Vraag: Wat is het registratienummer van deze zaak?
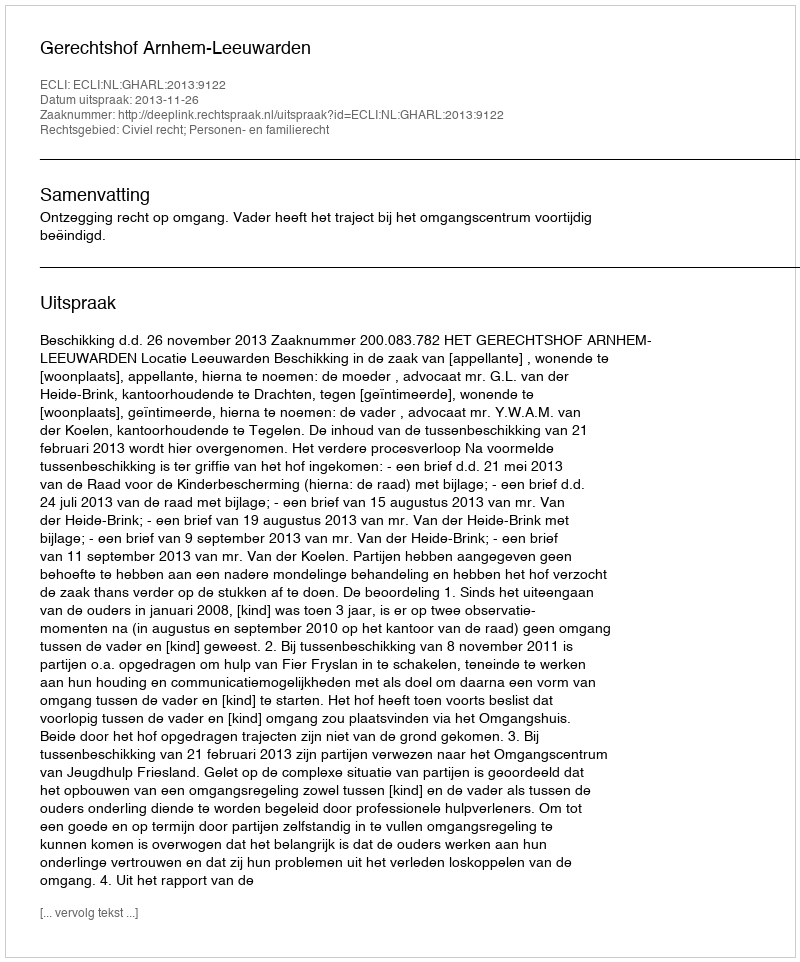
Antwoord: http://deeplink.rechtspraak.nl/uitspraak?id=ECLI:NL:GHARL:2013:9122